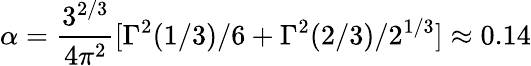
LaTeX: \alpha=\frac{3^{2/3}}{4\pi^{2}}[\Gamma^{2}(1/3)/6+\Gamma^{2}(2/3)/2^{1/3}]\approx 0.14